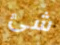
شئ